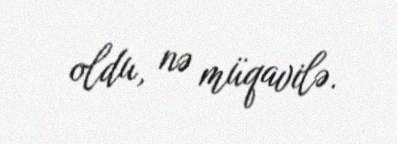
oldu, nə müqavilə.